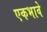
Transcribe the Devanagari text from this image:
एकभावे